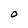
Character: O